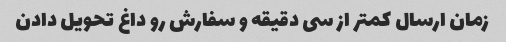
زمان ارسال کمتر از سی دقیقه و سفارش رو داغ تحویل دادن